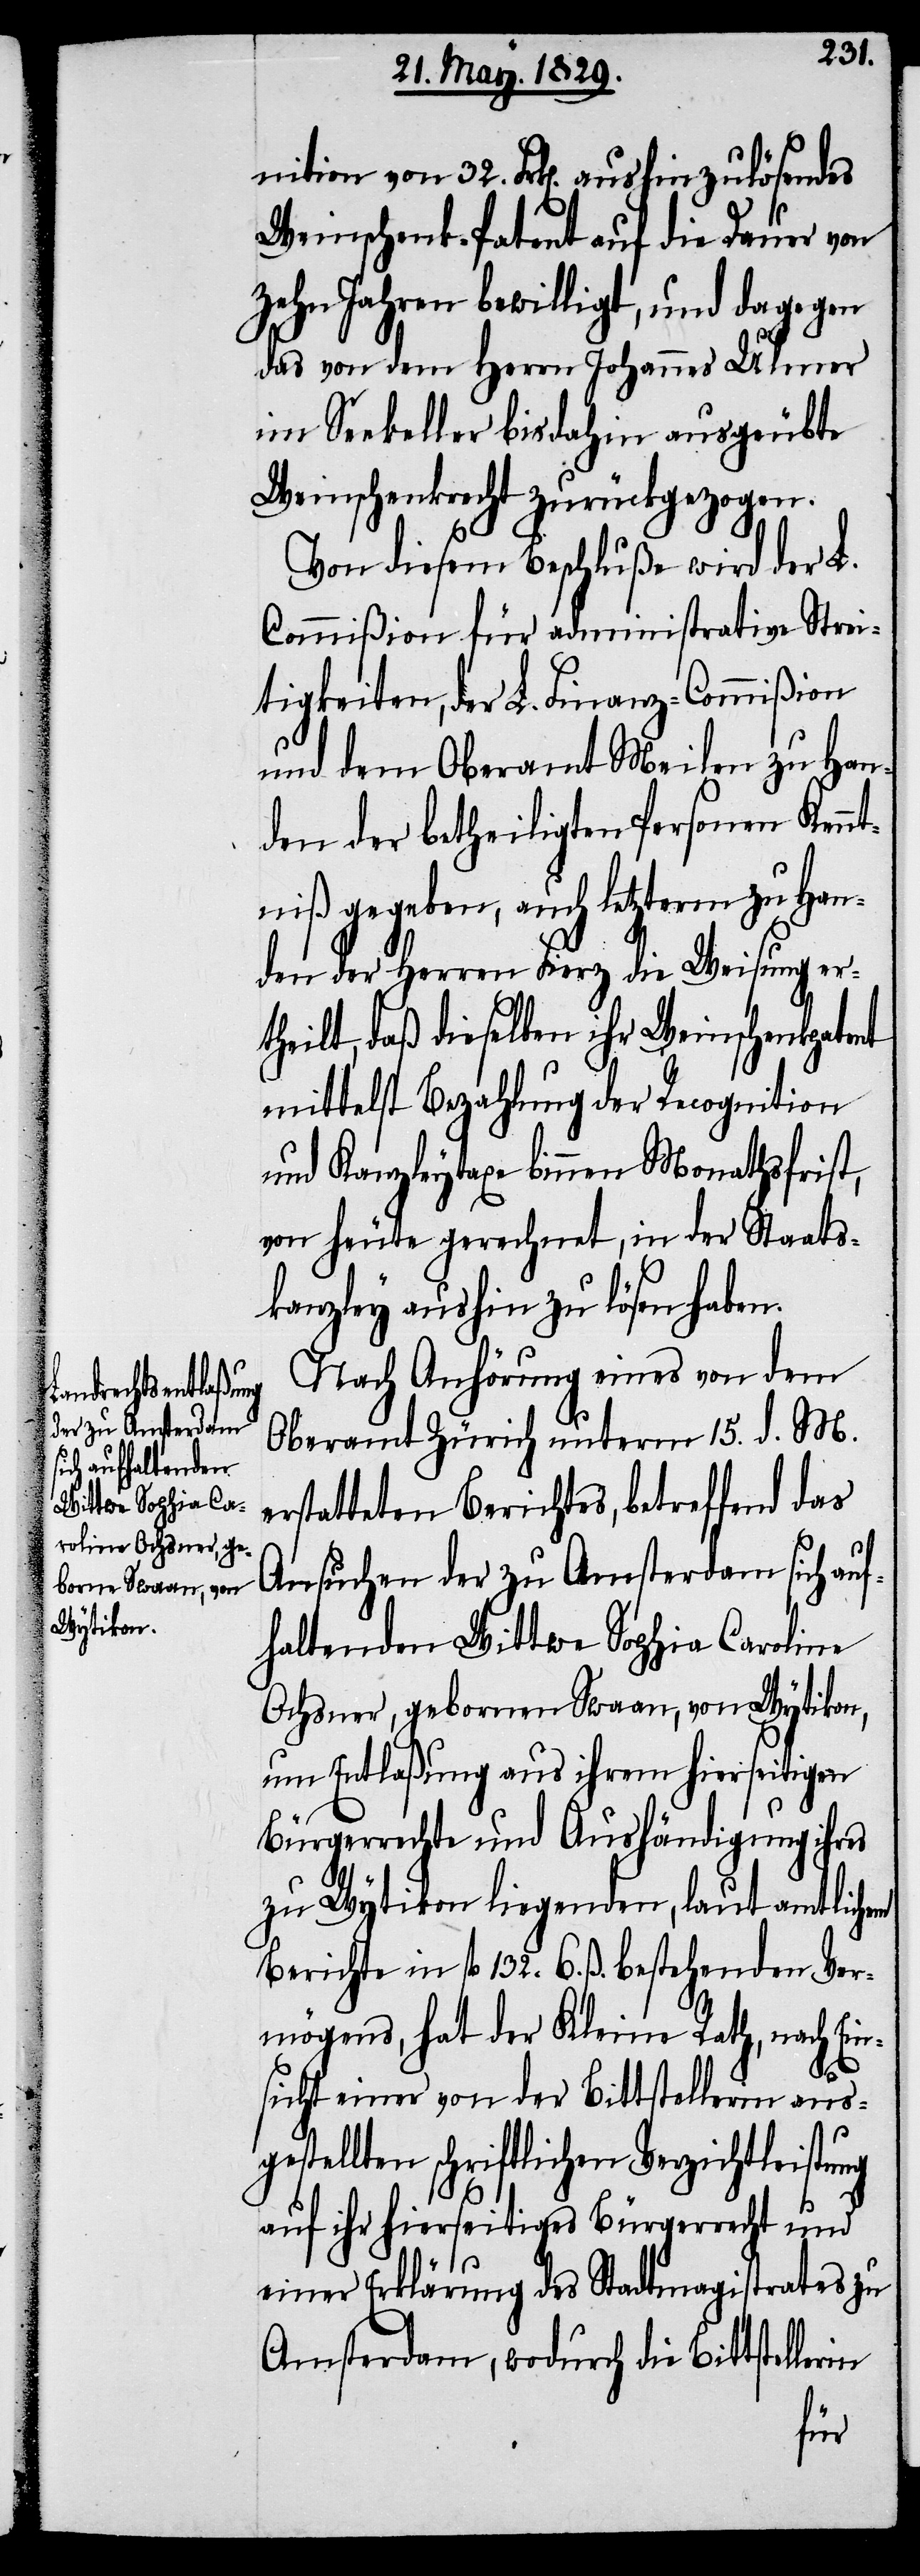
nition von 32. Frk[en]. aushinzulösendes
Weinschenk-Patent auf die Dauer von
zehn Jahren bewilligt, und dagegen
das von dem Herrn Johannes Ulmer
im Seekeller bis dahin ausgeübte
Weinschenkrecht zurückgezogen.
Von diesem Beschluße wird der L.
Commißion für administrative Strei¬
tigkeiten, der L. Finanz-Commißion
und dem Oberamt Meilen zu Han¬
den der betheiligten Personen Kennt¬
niß gegeben, auch letzterm zu Han¬
den der Herren Fierz die Weisung er¬
theilt, daß dieselben ihr Weinschenkpatent
mittelst Bezahlung der Recognition
und Kanzleytaxe binnen Monathsfrist
von heute gerechnet, in der Staats¬
kanzley aushin zu lösen haben.
Nach Anhörung eines von dem
Oberamt Zürich unterm 15. d. M.
erstatteten Berichtes, betreffend das
Ansuchen der zu Amsterdam sich auf¬
haltenden Wittwe Sophia Caroline
Ochsner, gebornen Swaan, von Wytikon,
um Entlaßung aus ihrem hierseitigen
Bürgerrechte und Aushändigung ihre
zu Wytikon liegenden, laut amtlichem
Berichte in fl. 132. 6. ß. bestehenden Ver¬
mögens, hat der Kleine Rath, nach Ein¬
sicht einer von der Bittstellerin aus¬
gestellten schriftlichen Verzichtleistung
auf ihr hierseitiges Bürgerrecht und
einer Erklärung des Stadtmagistrates zu
Amsterdam, wodurch die Bittstellerin